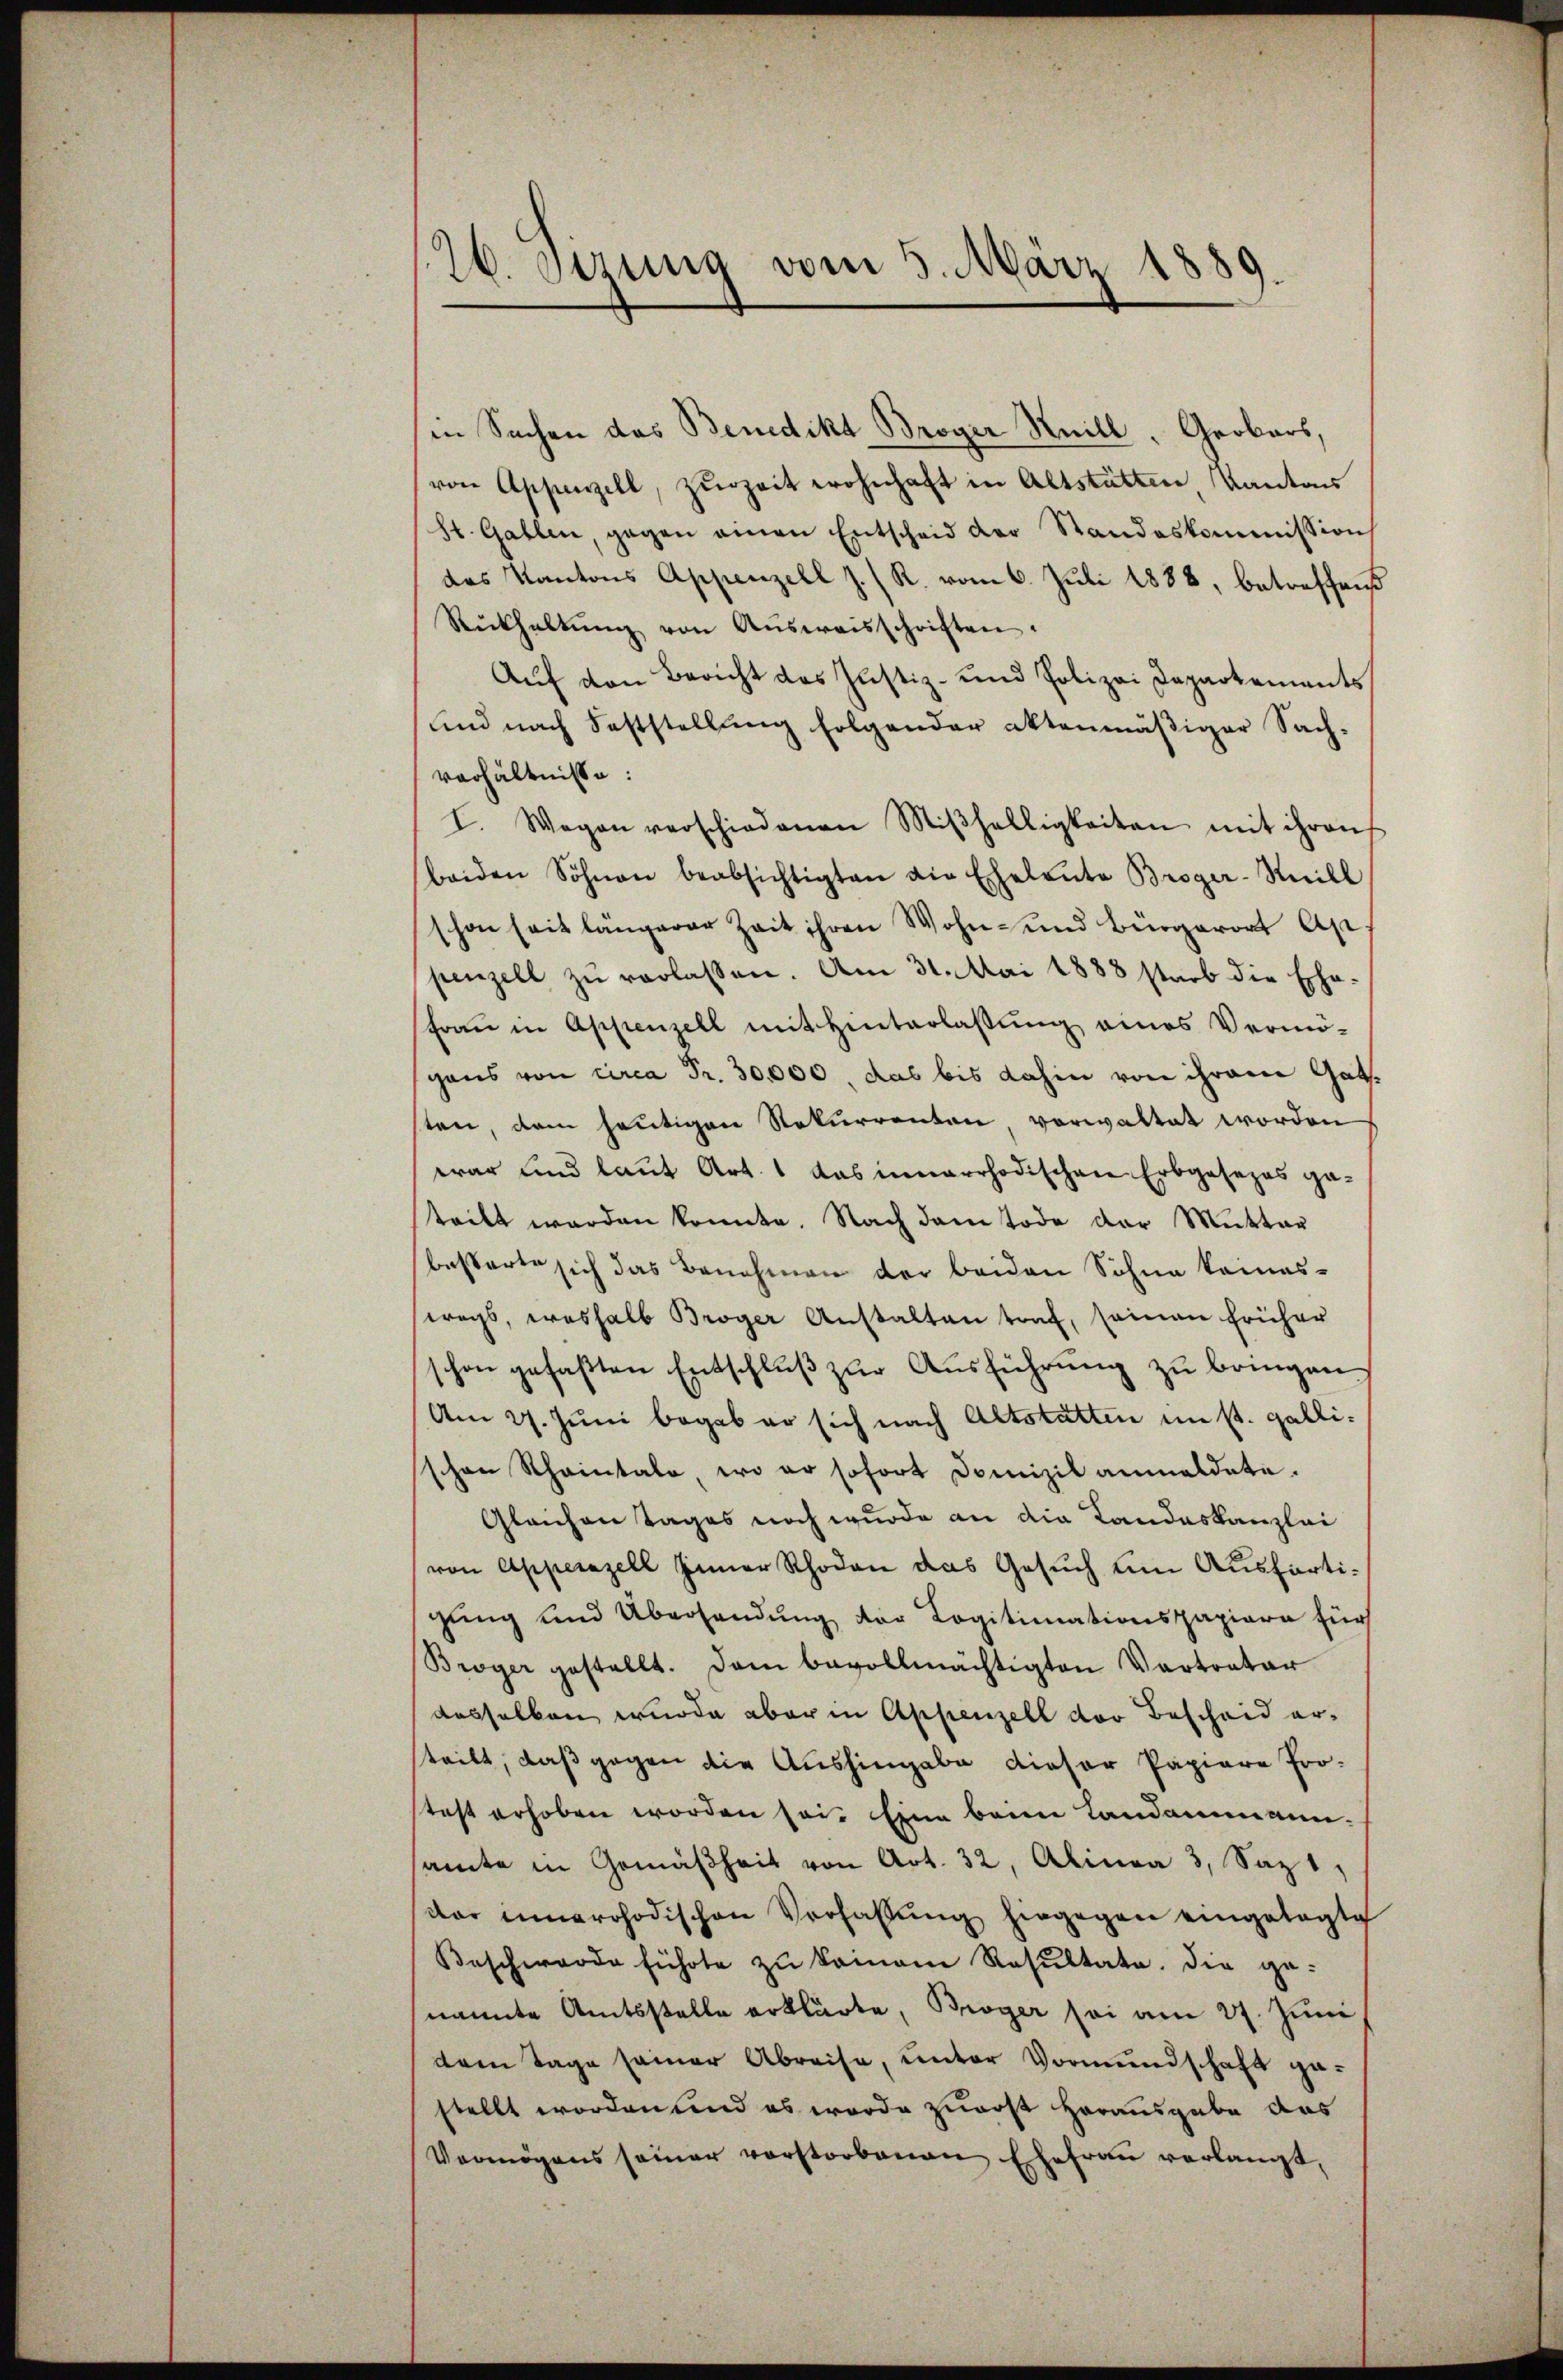
26. Jena vom 5. März 1889

in Sachen das Benedikt Broger Knill. Grobars,
von Appenzell, zŭrzeit wohnhaft in Altstätten, Kantons
St. Gallen, gegen amen Entscheid der Standeskommission
das Kantons Appenzell z. R. vom 6. Juli 1888, betreffend
Rückhaltŭng von Aŭsweisschriften.
Auf den Bericht das Justiz- und Polizei Departements
und nach Feststellung folgender aktenmäßiger Sach-
verhältnisse:
I. Wegen verschiedenen Miβhälligkeiten mit ihren
beiden Söhnen beabsichtigten die Eheleute Broger-Reill
schon seit längerer Zeit ihren Wohn- und Bürgerort Ap
penzell zŭ verlassen. Am 31. Mai 1888 starb die Ehe
Fraŭ in Appenzell mit Hinterlaßung eines Vermö-
gaus von circa Fr. 30,000, das bis dahin von ihrem Gatsten, dem heutigen Rekurrenten, verwaltet worden
war und laut Art. 1 das innerrhodischen Erbgesezes gateilt werden konnte. Nach dem Tode der Mutter
besterte sich das Benehmen der beiden Sohne keines-
wegs, weshalb Broger Anstalten traf, seinen früher
schon gefaßten Entschluß zur Ausführung zu bringen
Am 27. Juni begab er sich nach Altstatten im st. gallischen Rheintale, wo er sofort Domizil anmeldete.
Gleichen Tages noch wurde an die Landeskanzlei
von Appenazell Appenzell das Gesuch um Ausfertigung und Übersendung der Logitimationspapiere für
Broyer gestellt. Dem bevollmächtigten Vertreter
desselben wurde aber in Appenzell der Bescheid ersteilt, daß gegen die Aushingabe dieser Papiere Pro-
test erhoben worden sei. Eine beim Landammann-
samte in Gemäßheit von Art. 32, Alinea 3, Saz 1,
dar innerchodischen Verfassŭng hingegen eingelegte
Beschwerde führte zŭ keinem Resŭltate. Die ge-
nannte Amtsstelle erklärte, Broger sei am 27. Juni
dem Tage seiner Abreise, ŭnter Vormŭndschaft ge-
stellt worden und es worde zuerst Herausgabe das
Vermögens seiner vorstorbenen Ehefrau verlangt,